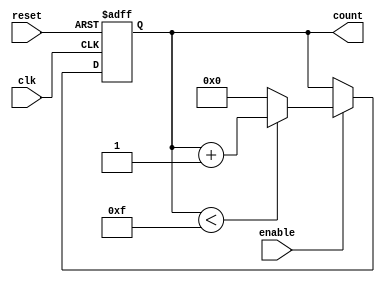
module memory_blocks_up_counter (
    input wire clk,          // Clock input
    input wire reset,        // Asynchronous reset input
    input wire enable,       // Enable signal for counting
    output reg [3:0] count   // 4-bit output for the current count value
);

    // Parameters for the counter
    parameter MIN_VALUE = 4'b0000; // Minimum value (0)
    parameter MAX_VALUE = 4'b1111; // Maximum value (15)

    // Asynchronous reset logic
    always @(posedge clk or posedge reset) begin
        if (reset) begin
            count <= MIN_VALUE; // Reset to minimum value
        end else if (enable) begin
            // Increment logic with wrap around
            if (count < MAX_VALUE) begin
                count <= count + 1; // Increment count
            end else begin
                count <= MIN_VALUE; // Wrap around to minimum value
            end
        end
    end

endmodule